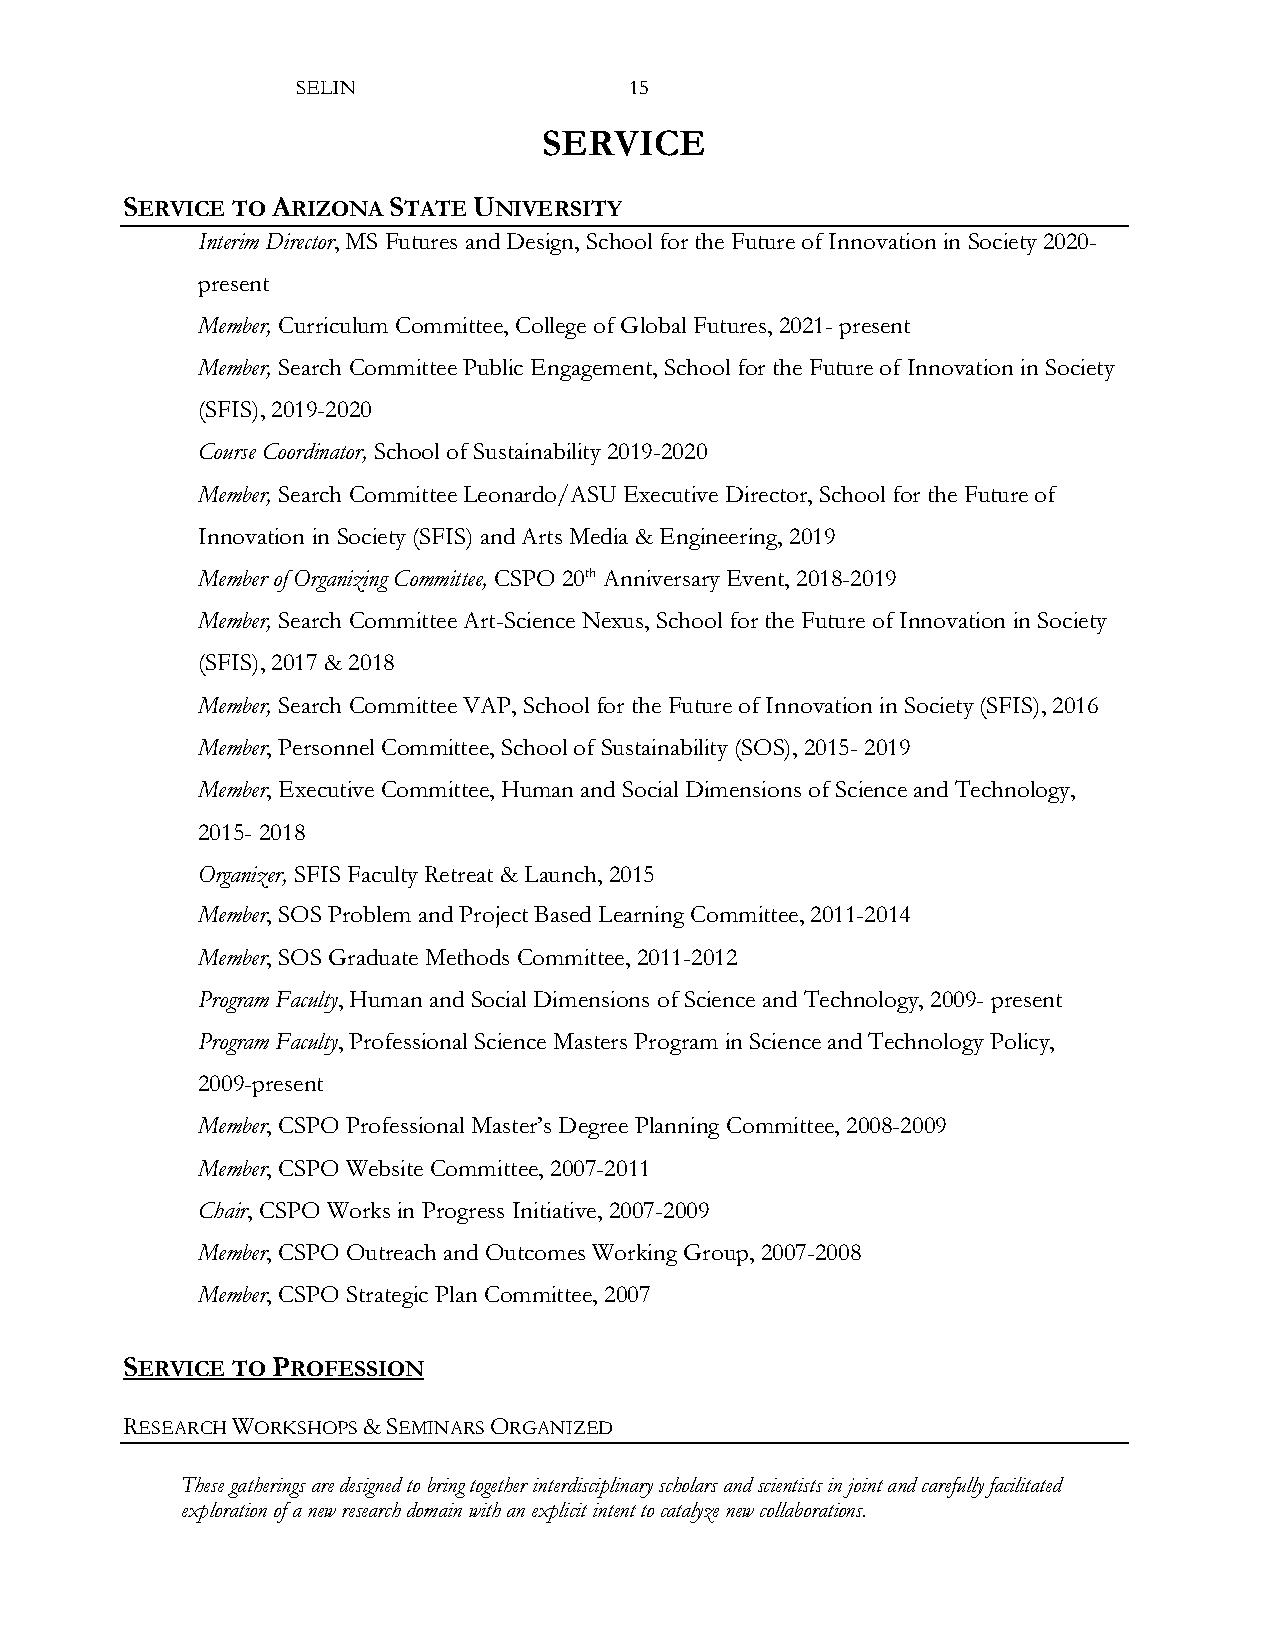
SELIN                 15
 SERVICE
 SERVICE TO ARIZONA STATE UNIVERSITY
 Interim Director, MS Futures and Design, School for the Future of Innovation in Society 2020-
 present
 Member, Curriculum Committee, College of Global Futures, 2021- present
 Member, Search Committee Public Engagement, School for the Future of Innovation in Society
 (SFIS), 2019-2020
 Course Coordinator, School of Sustainability 2019-2020
 Member, Search Committee Leonardo/ASU Executive Director, School for the Future of
 Innovation in Society (SFIS) and Arts Media & Engineering, 2019
 Member of Organizing Committee, CSPO 20th Anniversary Event, 2018-2019
 Member, Search Committee Art-Science Nexus, School for the Future of Innovation in Society
 (SFIS), 2017 & 2018
 Member, Search Committee VAP, School for the Future of Innovation in Society (SFIS), 2016
 Member, Personnel Committee, School of Sustainability (SOS), 2015- 2019
 Member, Executive Committee, Human and Social Dimensions of Science and Technology,
 2015- 2018
 Organizer, SFIS Faculty Retreat & Launch, 2015
 Member, SOS Problem and Project Based Learning Committee, 2011-2014
 Member, SOS Graduate Methods Committee, 2011-2012
 Program Faculty, Human and Social Dimensions of Science and Technology, 2009- present
 Program Faculty, Professional Science Masters Program in Science and Technology Policy,
 2009-present
 Member, CSPO Professional Master’s Degree Planning Committee, 2008-2009
 Member, CSPO Website Committee, 2007-2011
 Chair, CSPO Works in Progress Initiative, 2007-2009
 Member, CSPO Outreach and Outcomes Working Group, 2007-2008
 Member, CSPO Strategic Plan Committee, 2007
 SERVICE TO PROFESSION
 RESEARCH WORKSHOPS & SEMINARS ORGANIZED
 These gatherings are designed to bring together interdisciplinary scholars and scientists in joint and carefully facilitated
 exploration of a new research domain with an explicit intent to catalyze new collaborations.